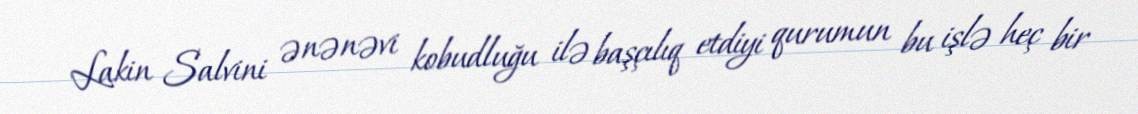
Lakin Salvini ənənəvi kobudluğu ilə başçılıq etdiyi qurumun bu işlə heç bir